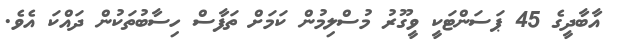
އާބާދީގެ 45 ޕަސަންޓަކީ ވީގޫރު މުސްލިމުން ކަމަށް ތަފާސް ހިސާބުތަކުން ދައްކަ އެވެ.